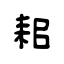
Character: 耜